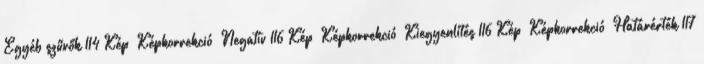
Egyéb szűrők 114 Kép Képkorrekció Negatív 116 Kép Képkorrekció Kiegyenlítés 116 Kép Képkorrekció Határérték 117